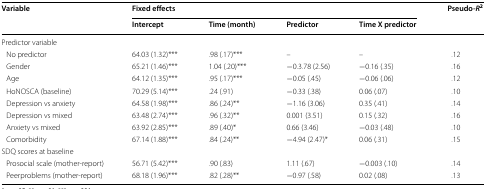
<table><thead><tr><td rowspan="2"><b>Variable</b></td><td colspan="4"><b>Fixed effects</b></td><td rowspan="2"><b>Pseudo<i>-R</i><sup>2</sup></b></td></tr><tr><td><b>Intercept</b></td><td><b>Time (month)</b></td><td><b>Predictor</b></td><td><b>Time X predictor</b></td></tr></thead><tbody><tr><td colspan="6">Predictor variable</td></tr><tr><td> No predictor</td><td>64.03 (1.32)***</td><td>.98 (.17)***</td><td>–</td><td>–</td><td>.12</td></tr><tr><td> Gender</td><td>65.21 (1.46)***</td><td>1.04 (.20)***</td><td>−0.3.78 (2.56)</td><td>−0.16 (.35)</td><td>.16</td></tr><tr><td> Age</td><td>64.12 (1.35)***</td><td>.95 (.17)***</td><td>−0.05 (.45)</td><td>−0.06 (.06)</td><td>.12</td></tr><tr><td> HoNOSCA (baseline)</td><td>70.29 (5.14)***</td><td>.24 (.91)</td><td>−0.33 (.38)</td><td>0.06 (.07)</td><td>.10</td></tr><tr><td> Depression vs anxiety</td><td>64.58 (1.98)***</td><td>.86 (.24)**</td><td>−1.16 (3.06)</td><td>0.35 (.41)</td><td>.14</td></tr><tr><td> Depression vs mixed</td><td>63.48 (2.74)***</td><td>.96 (.32)**</td><td>0.001 (3.51)</td><td>0.15 (.32)</td><td>.16</td></tr><tr><td> Anxiety vs mixed</td><td>63.92 (2.85)***</td><td>.89 (.40)*</td><td>0.66 (3.46)</td><td>−0.03 (.48)</td><td>.10</td></tr><tr><td> Comorbidity</td><td>67.14 (1.88)***</td><td>.84 (.24)**</td><td>−4.94 (2.47)*</td><td>0.06 (.31)</td><td>.15</td></tr><tr><td colspan="6">SDQ scores at baseline</td></tr><tr><td> Prosocial scale (mother-report)</td><td>56.71 (5.42)***</td><td>.90 (.83)</td><td>1.11 (.67)</td><td>−0.003 (.10)</td><td>.14</td></tr><tr><td> Peerproblems (mother-report)</td><td>68.18 (1.96)***</td><td>.82 (.28)**</td><td>−0.97 (.58)</td><td>0.02 (.08)</td><td>.13</td></tr></tbody></table>